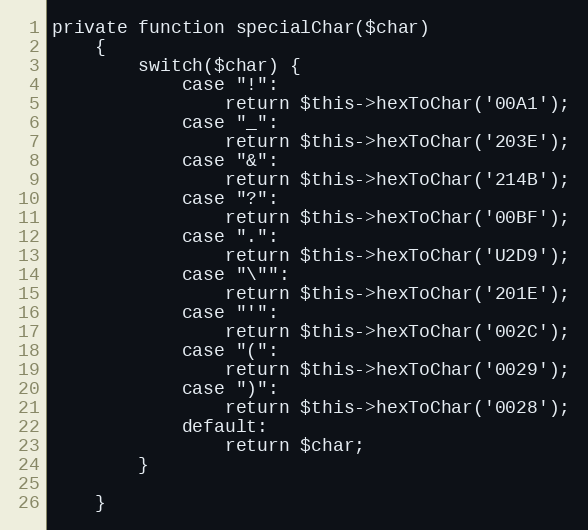
Language: PHP
private function specialChar($char)
    {
        switch($char) {
            case "!":
                return $this->hexToChar('00A1');
            case "_":
                return $this->hexToChar('203E');
            case "&":
                return $this->hexToChar('214B');
            case "?":
                return $this->hexToChar('00BF');
            case ".":
                return $this->hexToChar('U2D9');
            case "\"":
                return $this->hexToChar('201E');
            case "'":
                return $this->hexToChar('002C');
            case "(":
                return $this->hexToChar('0029');
            case ")":
                return $this->hexToChar('0028');
            default:
                return $char;
        }

    }